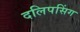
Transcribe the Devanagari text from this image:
दलिपसिंग